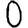
Digit: 0